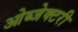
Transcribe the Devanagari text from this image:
ओब्जेक्टरी